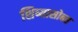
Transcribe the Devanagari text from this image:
शिष्यासोबत